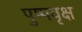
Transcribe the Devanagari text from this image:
पुष्पवृक्ष